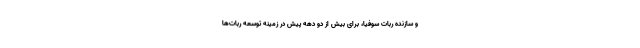
و سازنده ربات سوفیا، برای بیش از دو دهه پیش در زمینه توسعه ربات‌ها